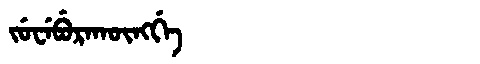
Manchu: ᠵᡠᠸᡝᠪᡠᡵᠠᡴᡡᠩᡤᡝ
Romanization: JUWEBURAKŪNGGE